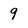
Character: 9